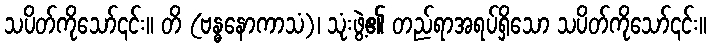
သပိတ်ကိုသော်၎င်း။ တိ (ဗန္ဓနောကာသံ)၊ သုံးဖွဲ့၏ တည်ရာအရပ်ရှိသော သပိတ်ကိုသော်၎င်း။